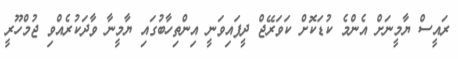
ރައީސް ޔާމީނަށް އެންމެ ކުޑަކޮށް ކަވަރޭޖް ދީފައިވަނީ އިންތިހާބުގައި ޔާމީނާ ވާދަކުރެއްވި ޖުމްހޫރީ